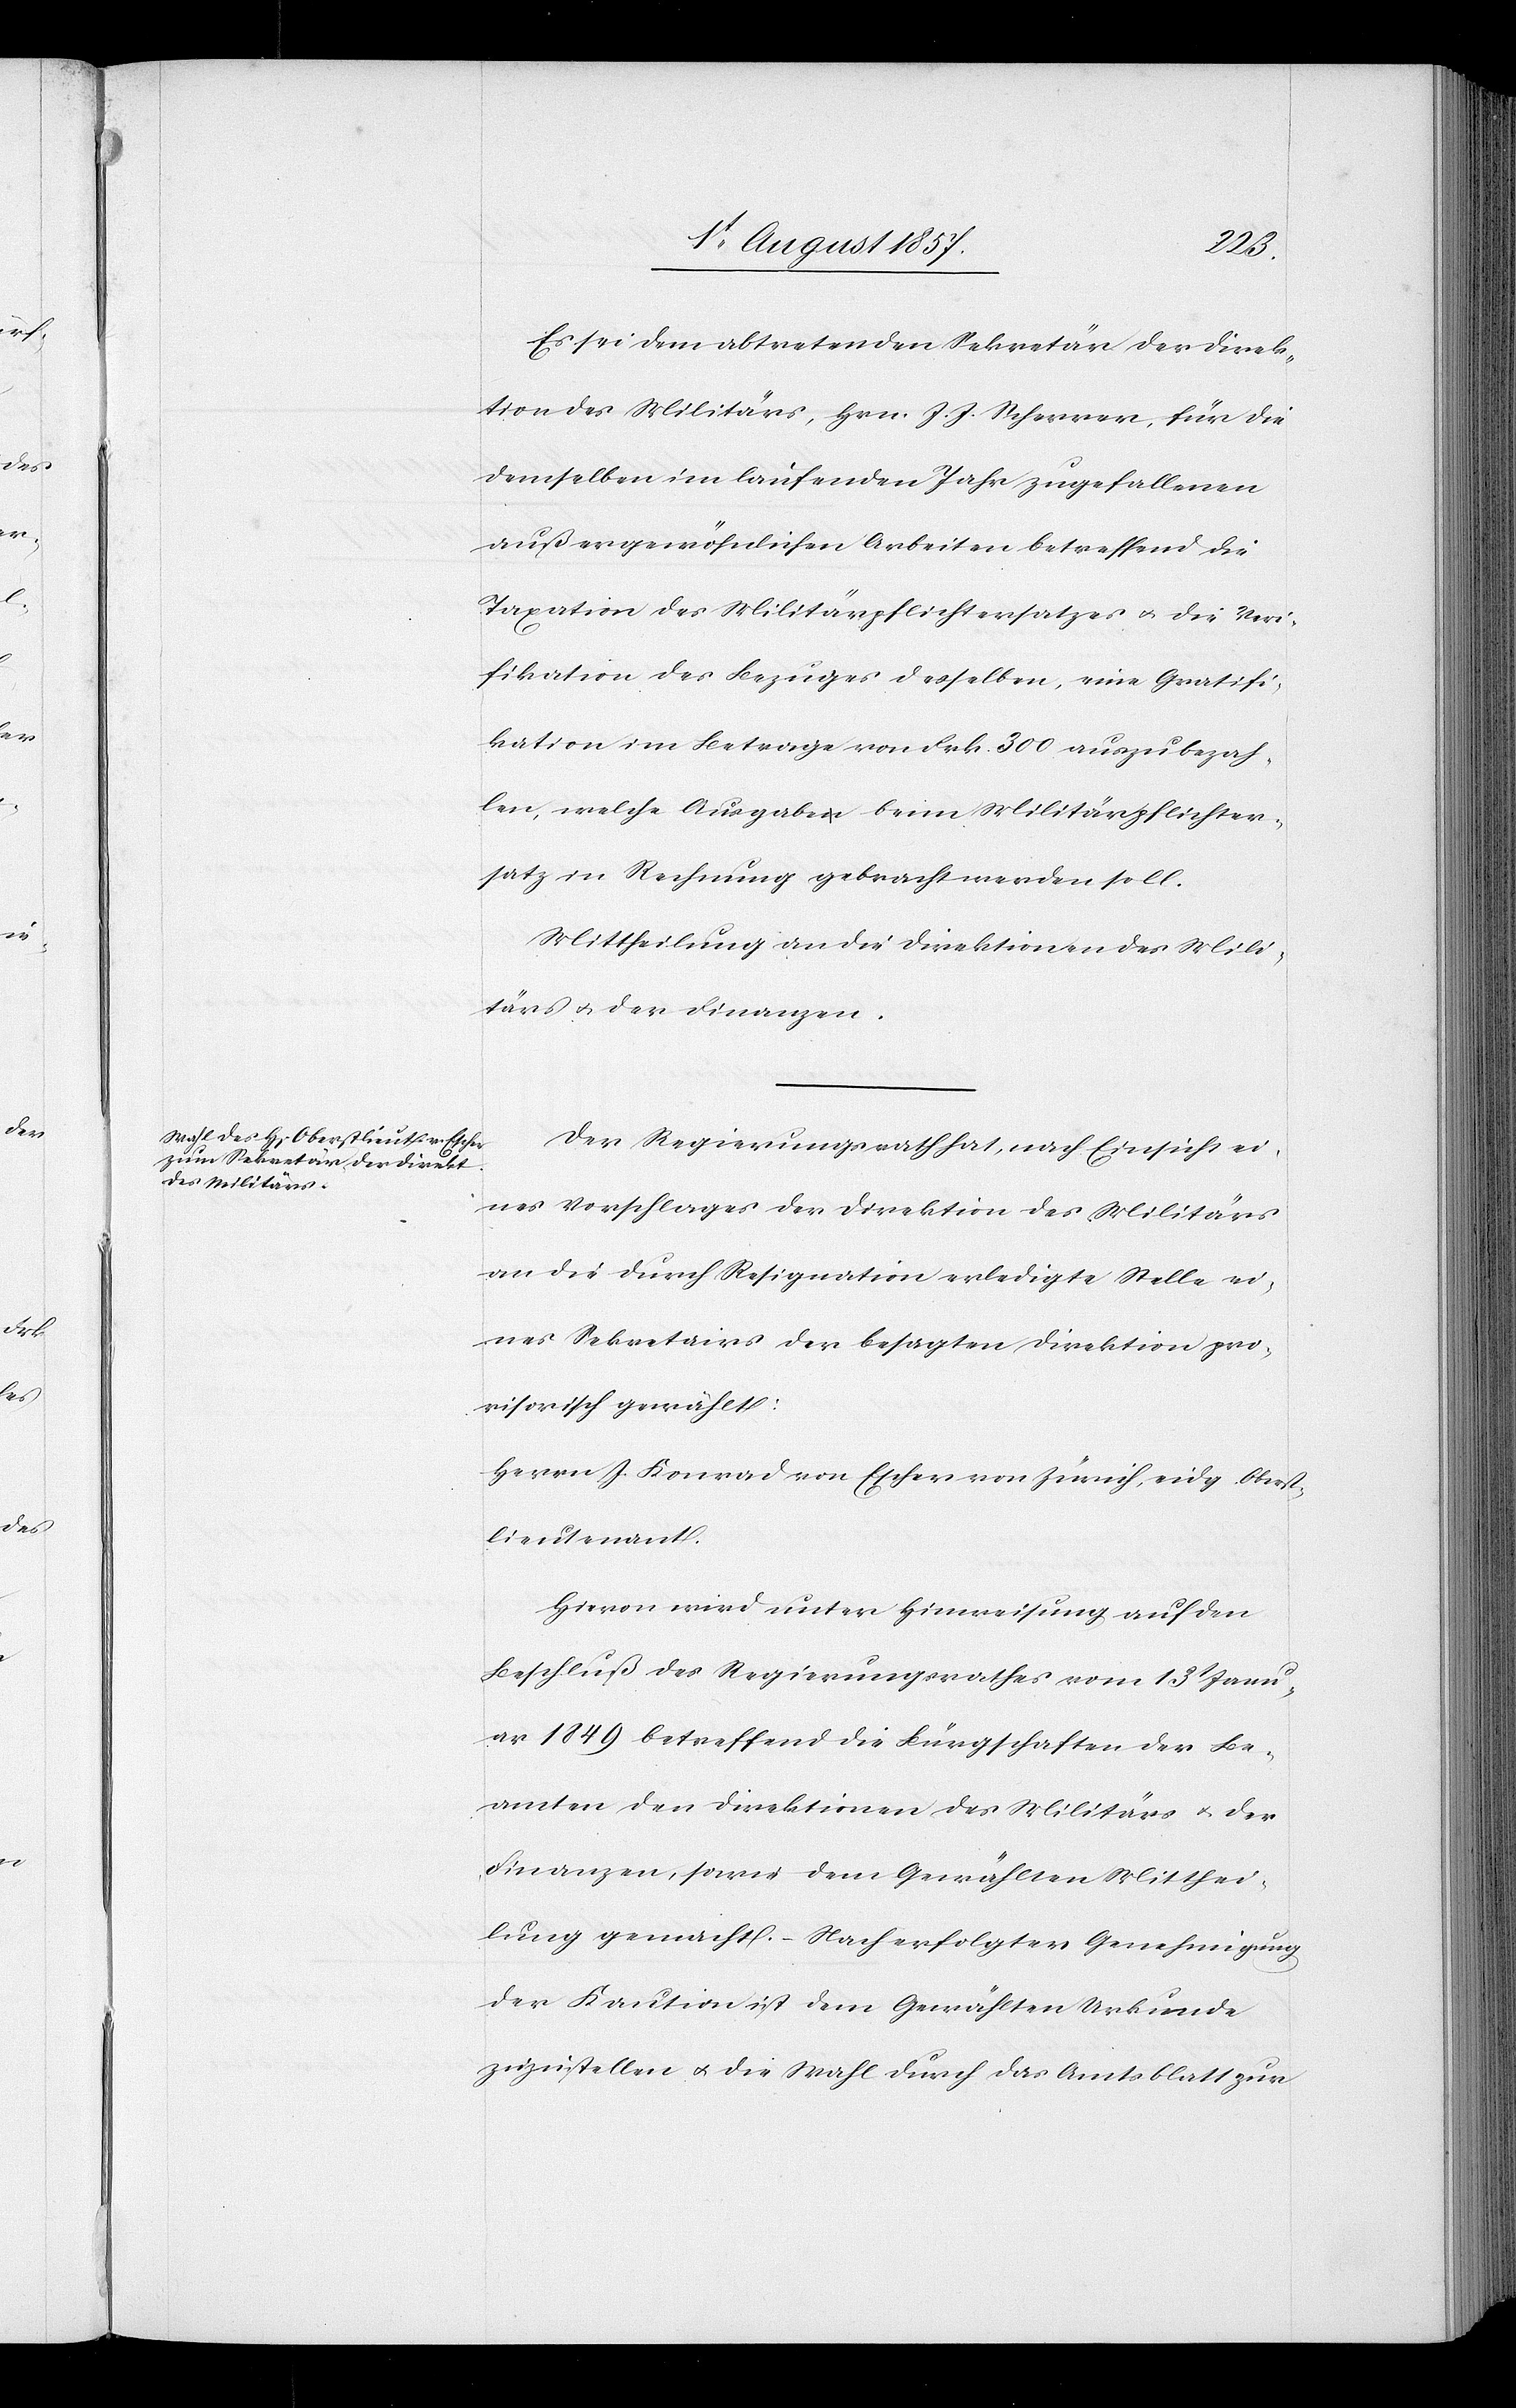
Es sei dem abtretenden Sekretär der Direk¬
tion des Militärs, Hrn. J. J. Scherrer, für die
demselben im laufenden Jahre zugefallenen
außergewöhnlichen Arbeiten betreffend die
Taxation des Militärpflichtersatzes & die Veri¬
fikation des Bezuges desselben, eine Gratifi¬
kation im Betrage von Frk. 300 auszubezah¬
len, welche Ausgabe beim Militärpflichter¬
satz in Rechnung gebracht werden soll.
Mittheilung an die Direktion des Mili¬
tärs & der Finanzen.
Der Regierungsrath hat, nach Einsicht ei¬
nes Vorschlages der Direktion des Militärs
an die durch Resignation erledigte Stelle ei¬
nes Sekretairs der besagten Direktion pro¬
visorisch gewählt:
Herrn J. Konrad Escher von Zürich, eidg. Oberst¬
lieutnant.
Hievon wird unter Hinweisung auf den
Beschluß des Regierungsrathes vom 13t Janu¬
ar 1849 betreffend die Bürgschaften der Be¬
amten den Direktionen des Militärs & der
Finanzen, sowie dem Gewählten Mitthei¬
lung gemacht. – Nach erfolgter Genehmigung
der Kaution ist dem Gewählten Urkunde
zuzustellen & die Wahl durch das Amtsblatt zur